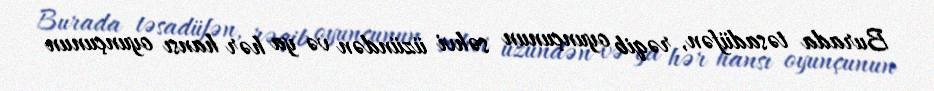
Burada təsadüfən, rəqib oyunçunun səhvi üzündən və ya hər hansı oyunçunun